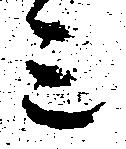
三